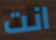
انت